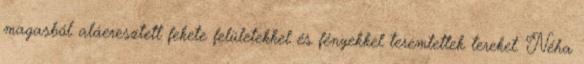
magasból aláeresztett fekete felületekkel és fényekkel teremtettek tereket. Néha